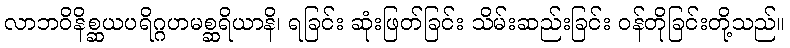
လာဘဝိနိစ္ဆယပရိဂ္ဂဟမစ္ဆရိယာနိ၊ ရခြင်း ဆုံးဖြတ်ခြင်း သိမ်းဆည်းခြင်း ဝန်တိုခြင်းတို့သည်။